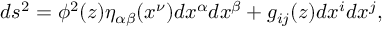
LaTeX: d s ^ { 2 } = \phi ^ { 2 } ( z ) \eta _ { \alpha \beta } ( x ^ { \nu } ) d x ^ { \alpha } d x ^ { \beta } + g _ { i j } ( z ) d x ^ { i } d x ^ { j } ,